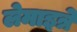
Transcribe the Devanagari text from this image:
लेमाइत्रे